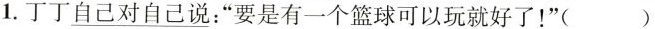
1.丁丁\underline{自己对自己}说：”要是有一个篮球可以玩就好了！”( )